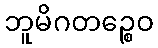
ဘူမိဂတဉ္စေဝ